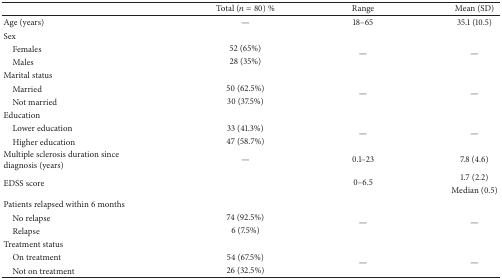
<table><thead><tr><td><b> </b></td><td><b>Total (<i>n</i> = 80) %</b></td><td><b>Range</b></td><td><b>Mean (SD)</b></td></tr></thead><tbody><tr><td>Age (years)</td><td>—</td><td>18–65</td><td>35.1 (10.5)</td></tr><tr><td>Sex</td><td> </td><td> </td><td> </td></tr><tr><td> Females</td><td>52 (65%)</td><td rowspan="2">—</td><td rowspan="2">—</td></tr><tr><td> Males </td><td>28 (35%)</td></tr><tr><td>Marital status</td><td> </td><td> </td><td> </td></tr><tr><td> Married </td><td>50 (62.5%)</td><td rowspan="2">—</td><td rowspan="2">—</td></tr><tr><td> Not married</td><td>30 (37.5%)</td></tr><tr><td>Education</td><td> </td><td> </td><td> </td></tr><tr><td> Lower education </td><td>33 (41.3%)</td><td rowspan="2">—</td><td rowspan="2">—</td></tr><tr><td> Higher education</td><td>47 (58.7%)</td></tr><tr><td>Multiple sclerosis duration since diagnosis (years)</td><td>—</td><td>0.1–23</td><td>7.8 (4.6)</td></tr><tr><td rowspan="2">EDSS score</td><td rowspan="2"> </td><td rowspan="2">0–6.5</td><td>1.7 (2.2)</td></tr><tr><td>Median (0.5)</td></tr><tr><td>Patients relapsed within 6 months</td><td> </td><td> </td><td> </td></tr><tr><td> No relapse </td><td>74 (92.5%)</td><td rowspan="2">—</td><td rowspan="2">—</td></tr><tr><td> Relapse </td><td>6 (7.5%)</td></tr><tr><td>Treatment status</td><td> </td><td> </td><td> </td></tr><tr><td> On treatment</td><td>54 (67.5%)</td><td rowspan="2">—</td><td rowspan="2">—</td></tr><tr><td> Not on treatment </td><td>26 (32.5%)</td></tr></tbody></table>